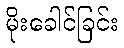
မိုးခေါင်ခြင်း